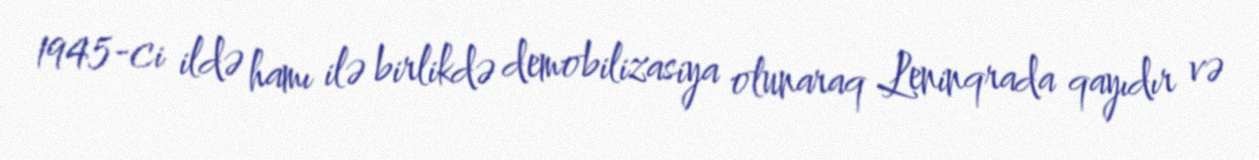
1945-ci ildə hamı ilə birlikdə demobilizasiya olunaraq Leninqrada qayıdır və